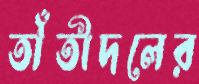
তাঁতীদলের